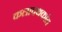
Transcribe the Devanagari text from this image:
कलापथकांत